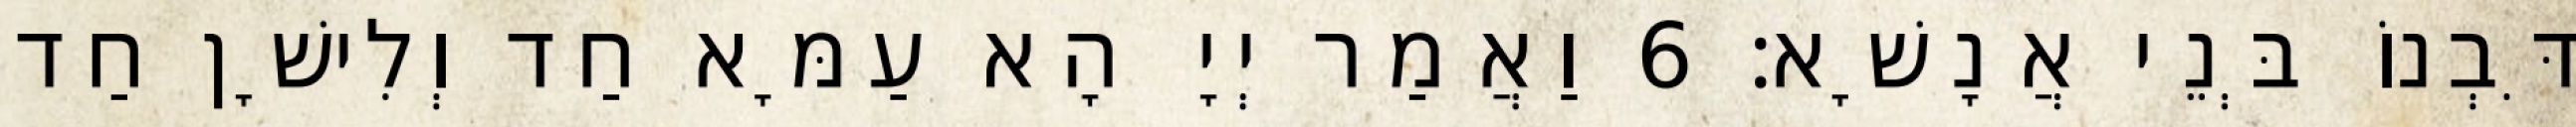
דִּבְנוֹ בְּנֵי אֲנָשָׁא׃ 6 וַאֲמַר יְיָ הָא עַמָּא חַד וְלִישָׁן חַד